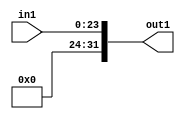
module unsignext24_32(in1,out1);
input [23:0] in1;
output [31:0] out1;
assign 	 out1 = {{ 8 {1'b0}}, in1};
endmodule